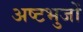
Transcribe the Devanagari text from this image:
अष्टभुजों